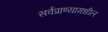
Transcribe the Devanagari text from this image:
सर्वप्राण्यामधील